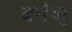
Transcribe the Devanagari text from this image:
बनेश्